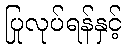
ပြုလုပ်ရန်နှင့်